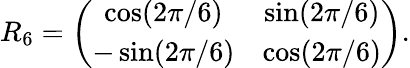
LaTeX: R_{6}=\left(\begin{array}{cc}{\cos(2\pi/6)}&{\sin(2\pi/6)}\\ {-\sin(2\pi/6)}&{\cos(2\pi/6)}\end{array}\right).